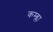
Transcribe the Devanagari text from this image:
कम्ब्ला